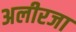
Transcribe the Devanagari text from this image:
अलीरजा